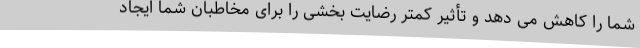
شما را کاهش می دهد و تأثیر کمتر رضایت بخشی را برای مخاطبان شما ایجاد